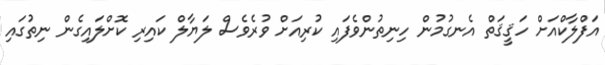
އަފްލާކްއަށް ހަޤީޤަތް އެނގުމުން ހިނިތުންވެފައި ކުރިއަށް ވުރެވެސް ލަޔާލް ކައިރި ކޮށްލައިގެން ނިތުގައި